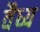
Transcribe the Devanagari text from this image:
वैध्य